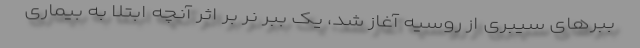
ببرهای سیبری از روسیه آغاز شد، یک ببر نر بر اثر آنچه ابتلا به بیماری